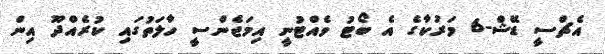
އެޗްސީ ޑޭޝް-6 މަރުކާގެ އެ ބޯޓު ވެއްޓުނީ އިމަޖެންސީ ހާލަތުގައި ކުރެއްދޫ އިން